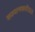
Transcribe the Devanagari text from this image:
कल्याणकारी॥३॥